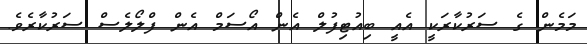
މަމެން ގެ ސަރުކާރަކީ އެއީ ބިއުޓިފުލް އެން އޯސަމް އެން ފްލޯލެސް ސަރުކާރެވެ.